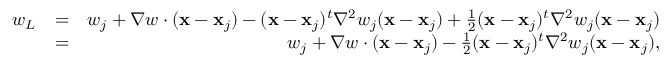
\begin{array} { r l r } { w _ { L } } & { = } & { w _ { j } + \nabla w \cdot ( { \bf x } - { \bf x } _ { j } ) - ( { \bf x } - { \bf x } _ { j } ) ^ { t } { \nabla } ^ { 2 } w _ { j } ( { \bf x } - { \bf x } _ { j } ) + \frac { 1 } { 2 } ( { \bf x } - { \bf x } _ { j } ) ^ { t } { \nabla } ^ { 2 } w _ { j } ( { \bf x } - { \bf x } _ { j } ) } \\ & { = } & { w _ { j } + \nabla w \cdot ( { \bf x } - { \bf x } _ { j } ) - \frac { 1 } { 2 } ( { \bf x } - { \bf x } _ { j } ) ^ { t } { \nabla } ^ { 2 } w _ { j } ( { \bf x } - { \bf x } _ { j } ) , } \end{array}